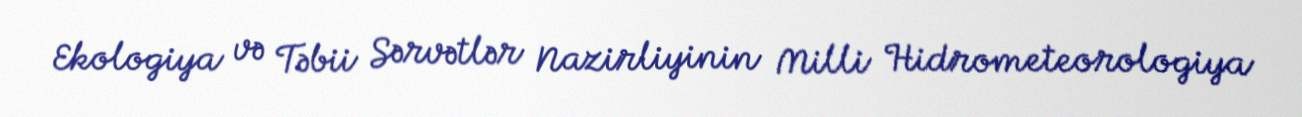
Ekologiya və Təbii Sərvətlər Nazirliyinin Milli Hidrometeorologiya